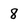
Character: 8